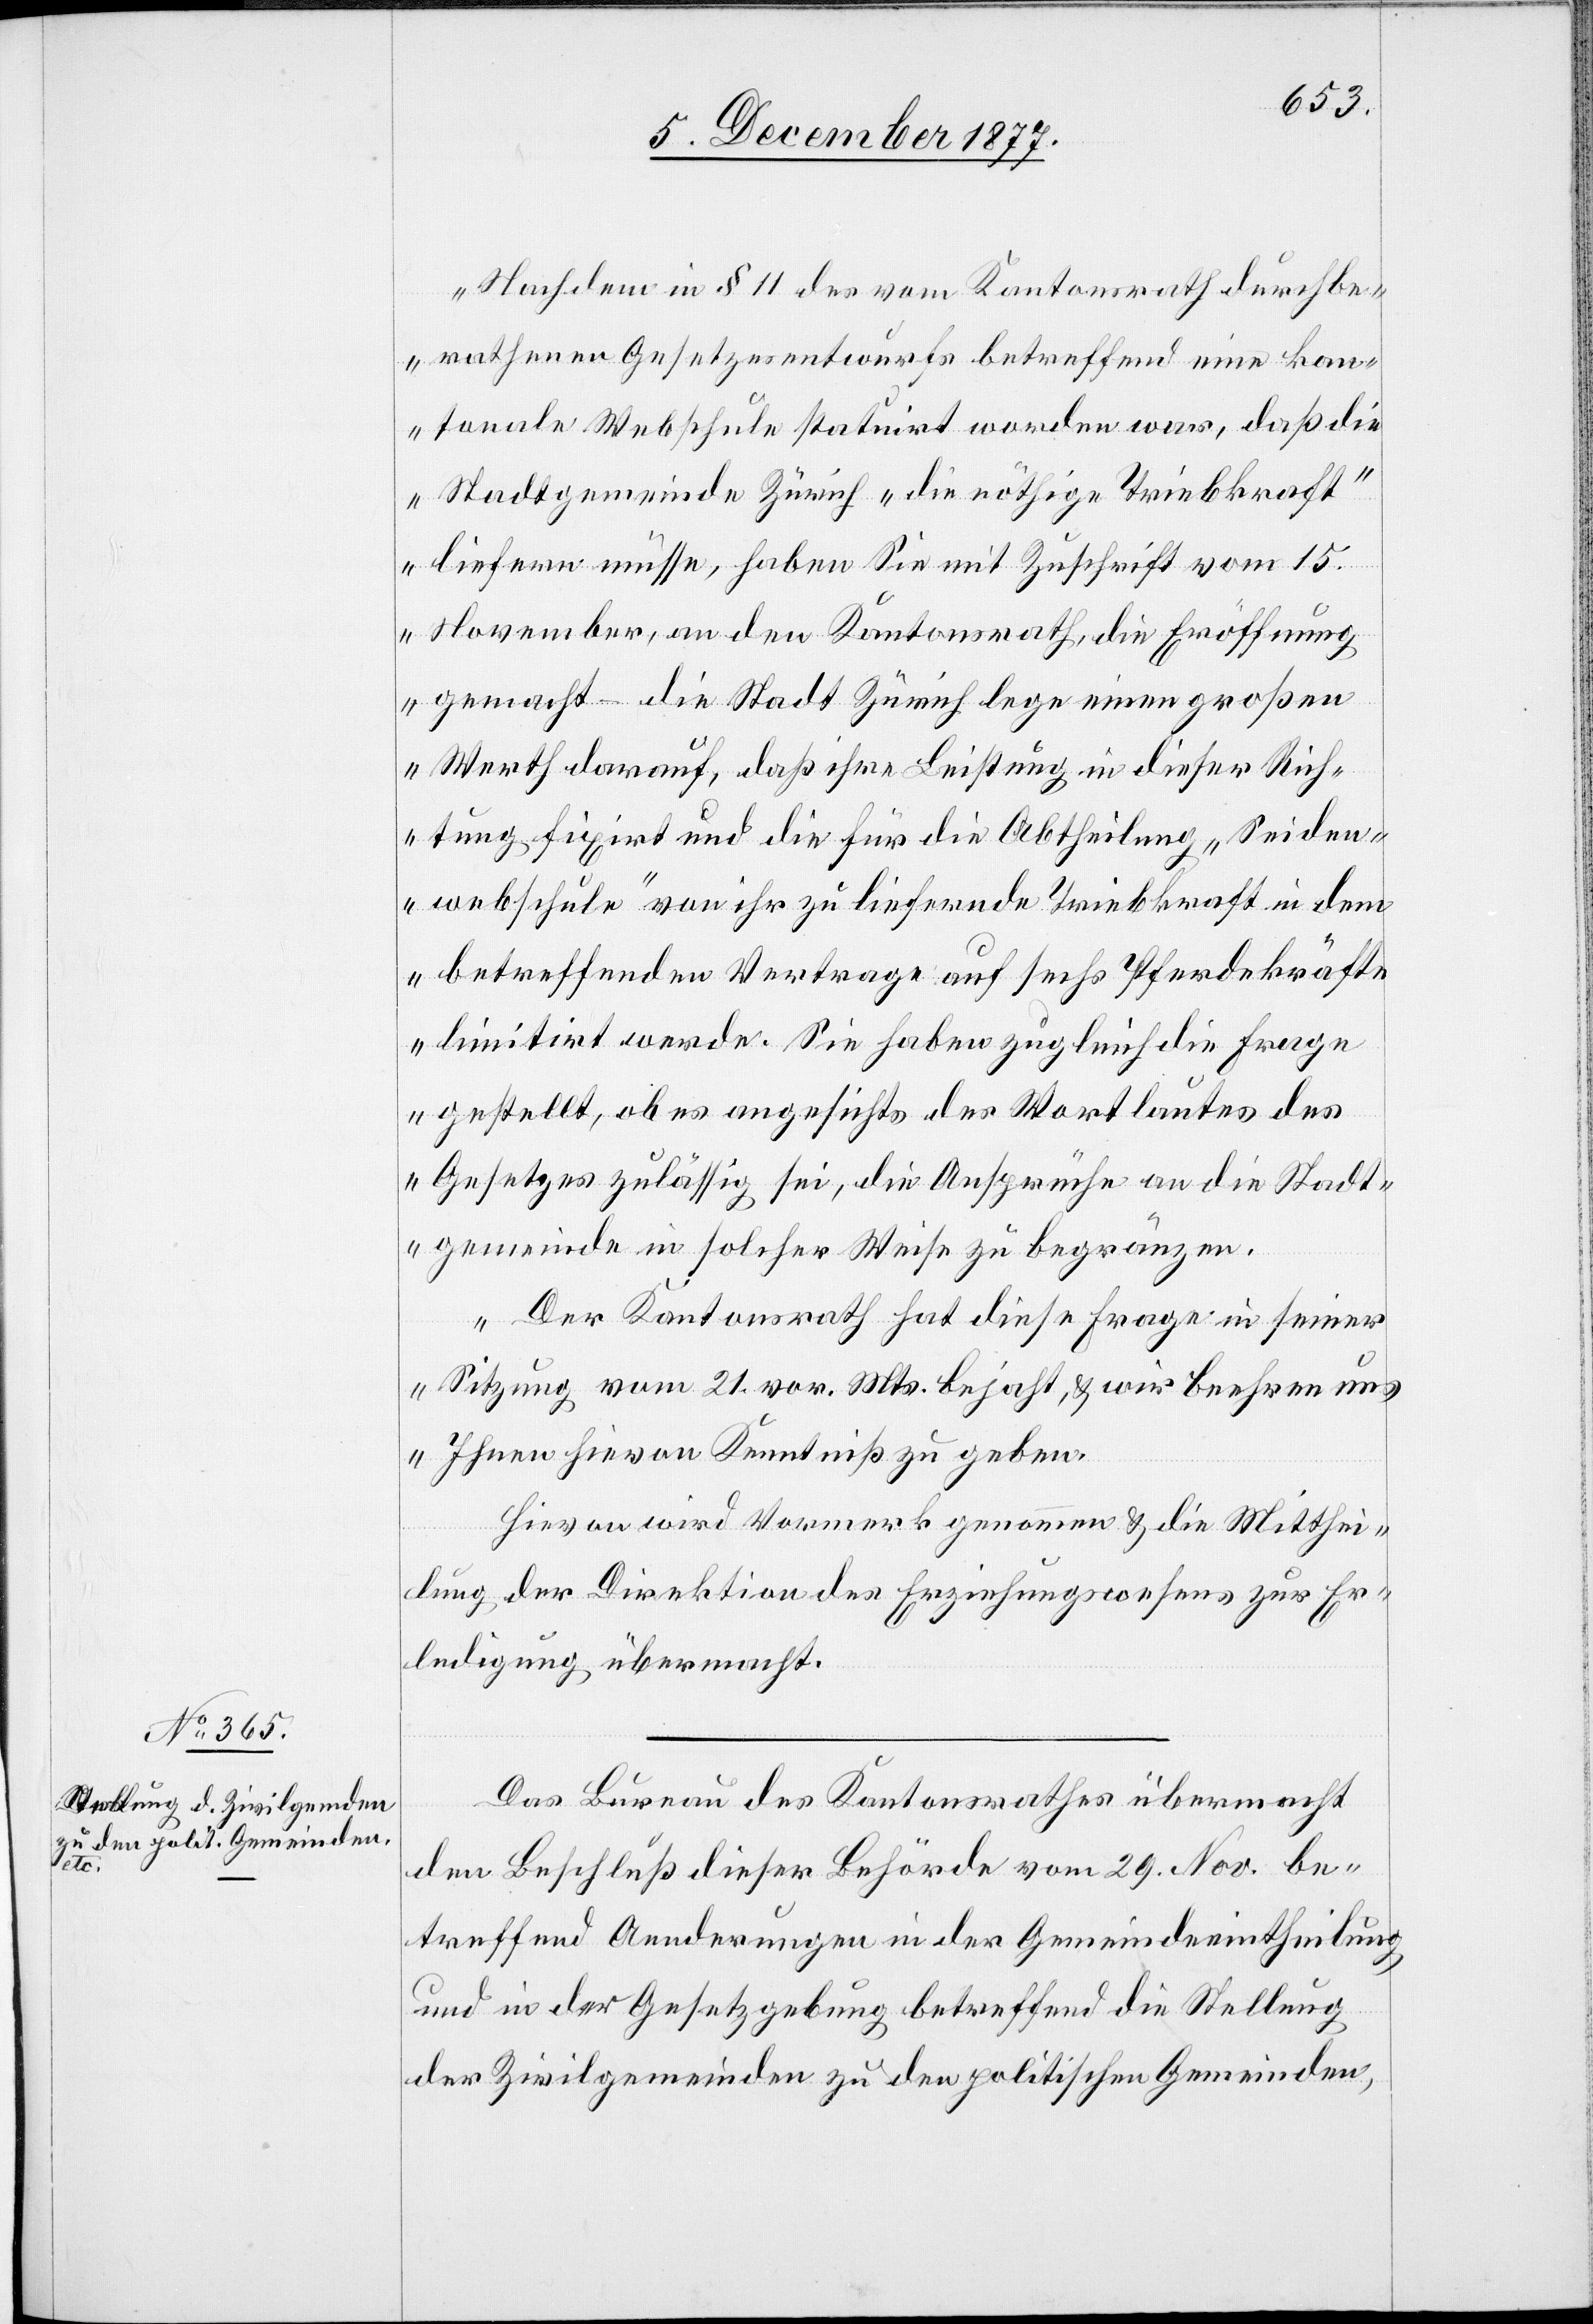
„Nachdem in § 11 des vom Kantonsrath durchbe¬
rathenen Gesetzesentwurfs betreffend eine kan¬
tonale Webschule statuirt worden war, daß die
Stadtgemeinde Zürich ‚die nöthige Triebkraft‘
liefern müsse, haben Sie mit Zuschrift vom 15.
November, an den Kantonsrath, die Eröffnung
gemacht – die Stadt Zürich lege einen großen
Werth darauf, daß ihre Leistung in dieser Rich¬
tung fixirt und die für die Abtheilung ‚Seiden¬
webschule‘ von ihr zu liefernde Triebkraft in dem
betreffenden Vertrage auf sechs Pferdekräfte
limitirt werde. Sie haben zugleich die Frage
gestellt, ob es angesichts des Wortlautes des
Gesetzes zulässig sei, die Ansprüche an die Stadt¬
gemeinde in solcher Weise zu begränzen.
Der Kantonsrath hat diese Frage in seiner
Sitzung vom 21. vor. Mts. bejaht, & wir beehren un¬
s Ihnen hievon Kenntniß zu geben.[“]
Hievon wird Vormerk genommen & die Mitthei¬
lung der Direktion des Erziehungswesens zur Er¬
ledigung übermacht.
Das Bureau des Kantonsrathes übermacht
den Beschluß dieser Behörde vom 29. Nov. be¬
treffend Aenderungen in der Gemeindeeintheilung
und in der Gesetzgebung betreffend die Stellung
der Zivilgemeinden zu den politischen Gemeinden,